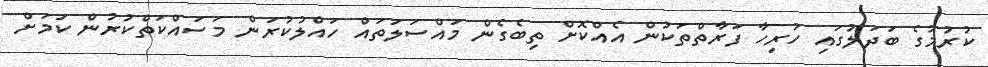
ކުރުމުގެ ބަދަލުގައި ހުރިހާ ފަރާތްތަކުން އެއްކޮށް ތިބެގެން މައްސަލަތައް ހައްލުކުރަން މަސައްކަތްކުރުން ކަމަށް